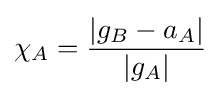
\chi _{A}={\frac {|g_{B}-a_{A}|}{|g_{A}|}}